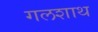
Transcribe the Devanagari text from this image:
गलशाथ